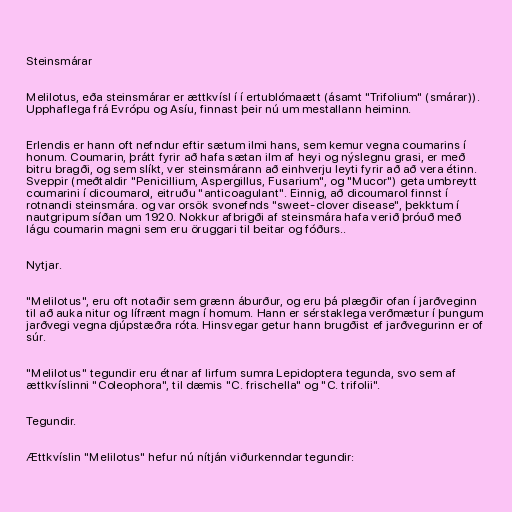
Steinsmárar

Melilotus, eða steinsmárar er ættkvísl í í ertublómaætt (ásamt "Trifolium" (smárar)).
Upphaflega frá Evrópu og Asíu, finnast þeir nú um mestallann heiminn.

Erlendis er hann oft nefndur eftir sætum ilmi hans, sem kemur vegna coumarins í
honum. Coumarin, þrátt fyrir að hafa sætan ilm af heyi og nýslegnu grasi, er með
bitru bragði, og sem slíkt, ver steinsmárann að einhverju leyti fyrir að að vera étinn.
Sveppir (meðtaldir "Penicillium, Aspergillus, Fusarium", og "Mucor") geta umbreytt
coumarini í dicoumarol, eitruðu "anticoagulant". Einnig, að dicoumarol finnst í
rotnandi steinsmára. og var orsök svonefnds "sweet-clover disease", þekktum í
nautgripum síðan um 1920. Nokkur afbrigði af steinsmára hafa verið þróuð með
lágu coumarin magni sem eru öruggari til beitar og fóðurs..

Nytjar.

"Melilotus", eru oft notaðir sem grænn áburður, og eru þá plægðir ofan í jarðveginn
til að auka nitur og lífrænt magn í homum. Hann er sérstaklega verðmætur í þungum
jarðvegi vegna djúpstæðra róta. Hinsvegar getur hann brugðist ef jarðvegurinn er of
súr.

"Melilotus" tegundir eru étnar af lirfum sumra Lepidoptera tegunda, svo sem af
ættkvíslinni "Coleophora", til dæmis "C. frischella" og "C. trifolii".

Tegundir.

Ættkvíslin "Melilotus" hefur nú nítján viðurkenndar tegundir: